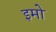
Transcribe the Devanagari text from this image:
इमो